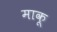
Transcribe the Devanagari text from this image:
माकू